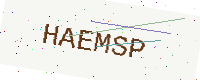
Text: HAEMSP